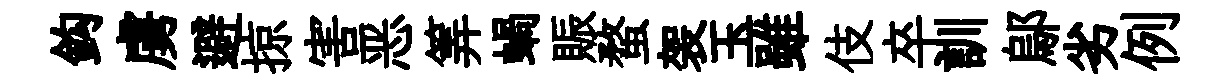
鈎虜避掠害恶筭蝸賑蝥袈玉雖伎卒訓鄔劣例